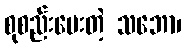
စုစည်းပေးတဲ့ သဘော၊